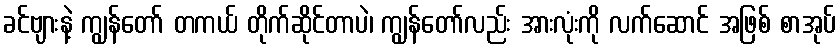
ခင်ဗျားနဲ့ ကျွန်တော် တကယ် တိုက်ဆိုင်တာပဲ၊ ကျွန်တော်လည်း အားလုံးကို လက်ဆောင် အဖြစ် စာအုပ်